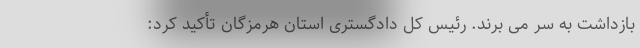
بازداشت به سر می برند. رئیس کل دادگستری استان هرمزگان تأکید کرد: